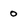
Character: 0